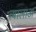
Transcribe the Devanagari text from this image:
त्यालाअ